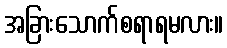
အခြားသောက်စရာရမလား။